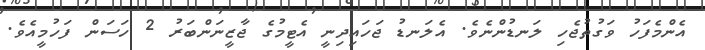
އެންމެފަހު ވަގުތުޖެހި ލަނޑުންނެވެ. އެލަނޑު ޖަހައިދިނީ އެޓީމުގެ ޖާޒީނަންބަރު 2 ހަސަން ފަހުމީއެވެ.